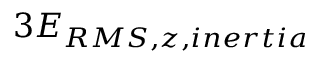
3 E _ { R M S , z , i n e r t i a }